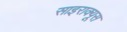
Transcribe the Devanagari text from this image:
साइराक्यूस